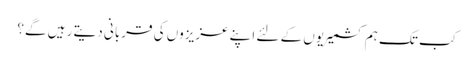
کب تک ہم کشمیریوں کے لئے اپنے عزیزوں کی قربانی دیتے رہیں گے؟